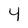
Character: 4